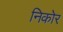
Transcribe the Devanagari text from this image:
निकोर